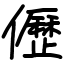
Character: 儮